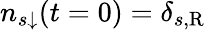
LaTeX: n_{s\downarrow}(t=0)=\delta_{s,\mathrm{R}}